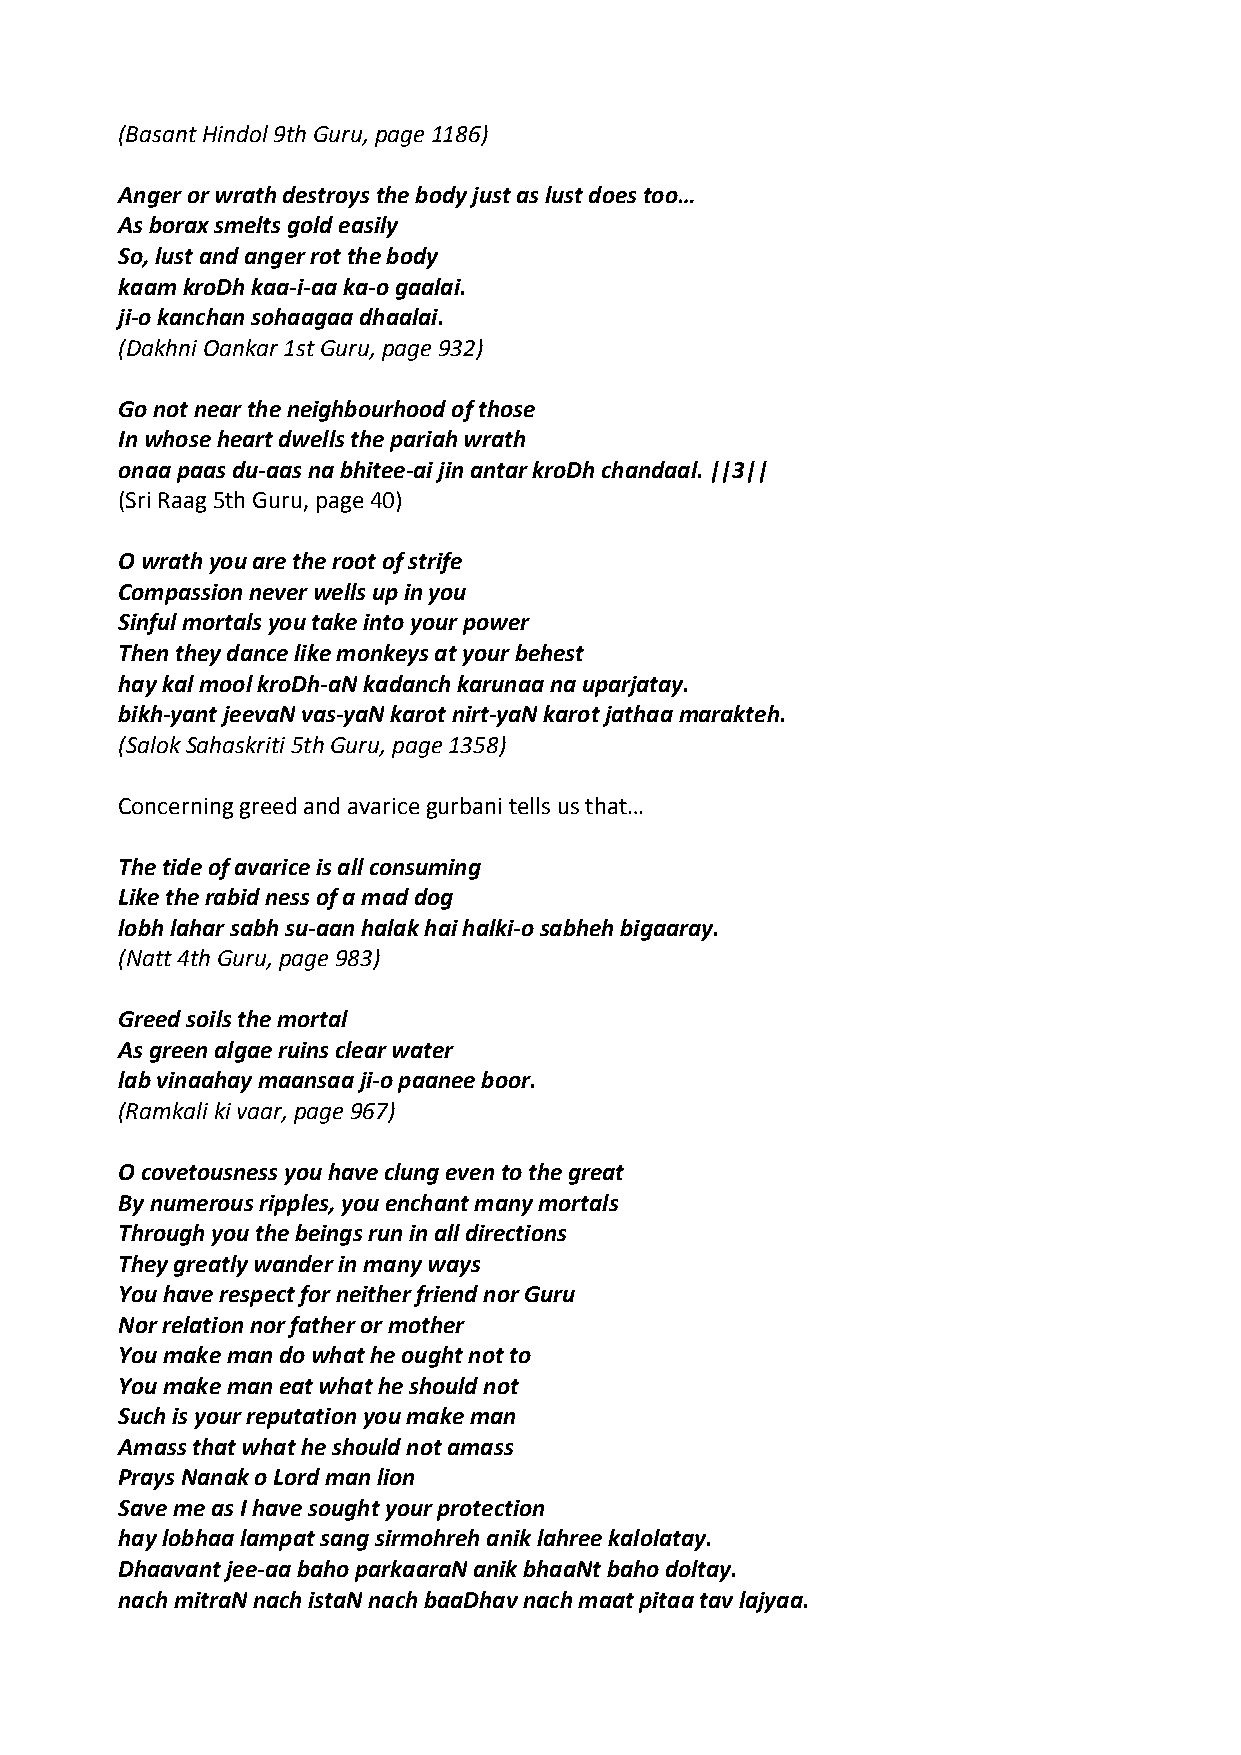
(Basant Hindol 9th Guru, page 1186)
 Anger or wrath destroys the body just as lust does too…
 As borax smelts gold easily
 So, lust and anger rot the body
 kaam kroDh kaa‐i‐aa ka‐o gaalai.
 ji‐o kanchan sohaagaa dhaalai.
 (Dakhni Oankar 1st Guru, page 932)
 Go not near the neighbourhood of those
 In whose heart dwells the pariah wrath
 onaa paas du‐aas na bhitee‐ai jin antar kroDh chandaal. ||3||
 (Sri Raag 5th Guru, page 40)
 O wrath you are the root of strife
 Compassion never wells up in you
 Sinful mortals you take into your power
 Then they dance like monkeys at your behest
 hay kal mool kroDh‐aN kadanch karunaa na uparjatay.
 bikh‐yant jeevaN vas‐yaN karot nirt‐yaN karot jathaa marakteh.
 (Salok Sahaskriti 5th Guru, page 1358)
 Concerning greed and avarice gurbani tells us that…
 The tide of avarice is all consuming
 Like the rabid ness of a mad dog
 lobh lahar sabh su‐aan halak hai halki‐o sabheh bigaaray.
 (Natt 4th Guru, page 983)
 Greed soils the mortal
 As green algae ruins clear water
 lab vinaahay maansaa ji‐o paanee boor.
 (Ramkali ki vaar, page 967)
 O covetousness you have clung even to the great
 By numerous ripples, you enchant many mortals
 Through you the beings run in all directions
 They greatly wander in many ways
 You have respect for neither friend nor Guru
 Nor relation nor father or mother
 You make man do what he ought not to
 You make man eat what he should not
 Such is your reputation you make man
 Amass that what he should not amass
 Prays Nanak o Lord man lion
 Save me as I have sought your protection
 hay lobhaa lampat sang sirmohreh anik lahree kalolatay.
 Dhaavant jee‐aa baho parkaaraN anik bhaaNt baho doltay.
 nach mitraN nach istaN nach baaDhav nach maat pitaa tav lajyaa.